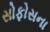
સોફોસના